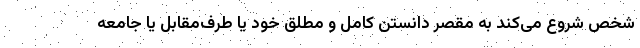
شخص شروع می‌کند به مقصر دانستن کامل و مطلق خود یا طرف‌مقابل یا جامعه